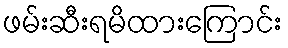
ဖမ်းဆီးရမိထားကြောင်း